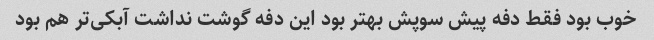
خوب بود فقط دفه پیش سوپش بهتر بود این دفه گوشت نداشت آبکی‌تر هم بود